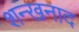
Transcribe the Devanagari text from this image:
शन्खनाद